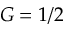
G = 1 / 2